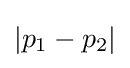
|p_{1}-p_{2}|